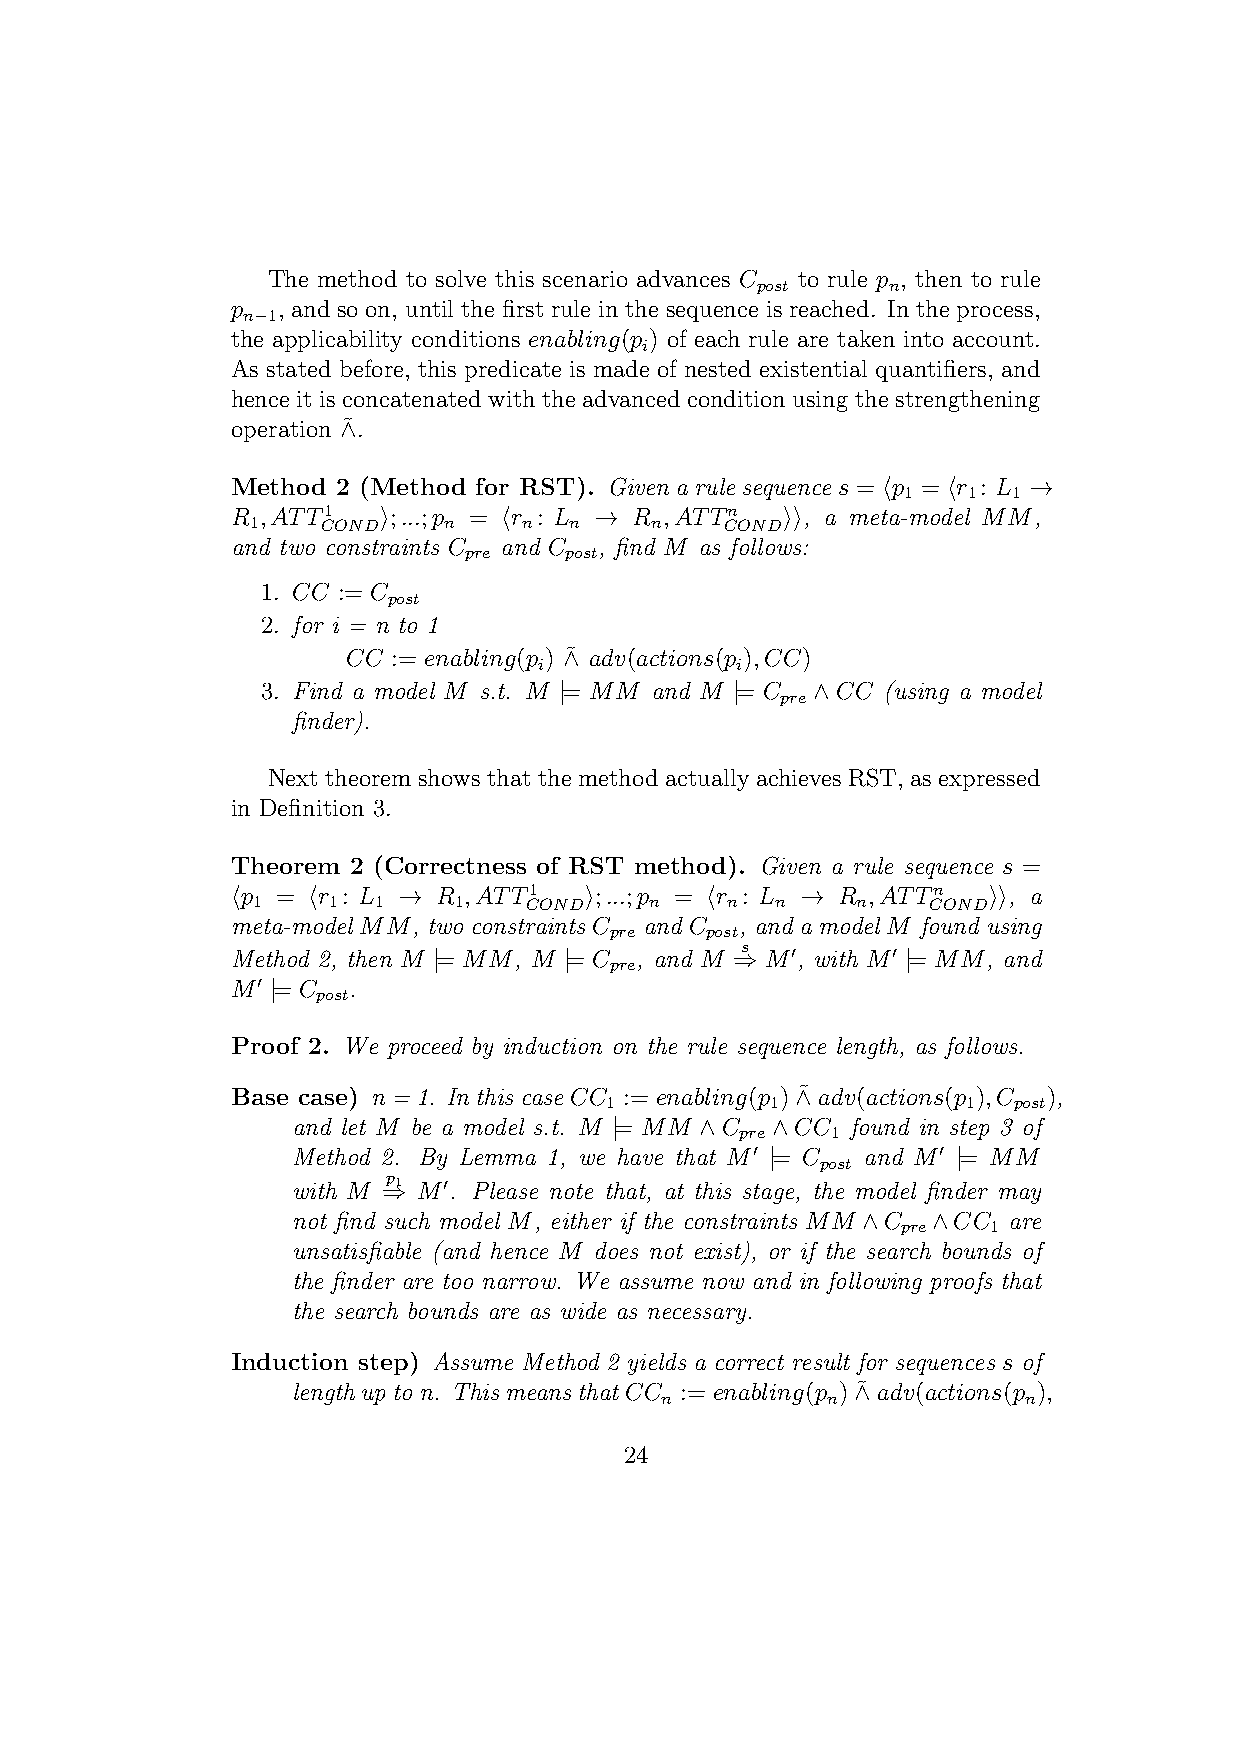
The method to solve this scenario advances C to rule p , then to rule
 post     n
 p  , and so on, until the first rule in the sequence is reached. In the process,
 n−1
 the applicability conditions enabling(p ) of each rule are taken into account.
 i
 As stated before, this predicate is made of nested existential quantifiers, and
 hence it is concatenated with the advanced condition using the strengthening
 operation ∧˜.
 Method 2 (Method for RST). Givenarulesequences = ⟨p = ⟨r : L →
 1   1  1
 R ;ATT1   ⟩;:::;p = ⟨r : L → R ;ATTn ⟩⟩, a meta-model MM,
 1   COND    n     n  n    n    COND
 and two constraints C and C , find M as follows:
 pre   post
 1. CC := C
 post
 2. for i = n to 1
 CC := enabling(p ) ∧˜ adv(actions(p );CC)
 i            i
 3. Find a model M s.t. M |= MM and M |= C ∧CC (using a model
 pre
 finder).
 Next theorem shows that the method actually achieves RST, as expressed
 in Definition 3.
 Theorem 2 (Correctness of RST method). Given a rule sequence s =
 ⟨p = ⟨r : L → R ;ATT1   ⟩;:::;p = ⟨r : L → R ;ATTn ⟩⟩, a
 1    1  1    1    COND    n    n  n     n   COND
 meta-model MM, two constraints C and C , and a model M found using
 pre    post
 Method 2, then M |= MM, M |= C , and M ⇒s M′, with M′ |= MM, and
 pre
 M′ |= C .
 post
 Proof 2. We proceed by induction on the rule sequence length, as follows.
 Base case) n=1. InthiscaseCC := enabling(p )∧˜ adv(actions(p );C ),
 1          1            1  post
 and let M be a model s.t. M |= MM ∧C ∧CC found in step 3 of
 pre   1
 Method 2. By Lemma 1, we have that M′ |= C and M′ |= MM
 post
 with M ⇒p1 M′. Please note that, at this stage, the model finder may
 not find such model M, either if the constraints MM ∧C ∧CC are
 pre   1
 unsatisfiable (and hence M does not exist), or if the search bounds of
 the finder are too narrow. We assume now and in following proofs that
 the search bounds are as wide as necessary.
 Induction step) Assume Method 2 yields a correct result for sequences s of
 lengthupton. ThismeansthatCC := enabling(p )∧˜ adv(actions(p );
 n          n            n
 24